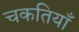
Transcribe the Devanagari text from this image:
चकतियाँ